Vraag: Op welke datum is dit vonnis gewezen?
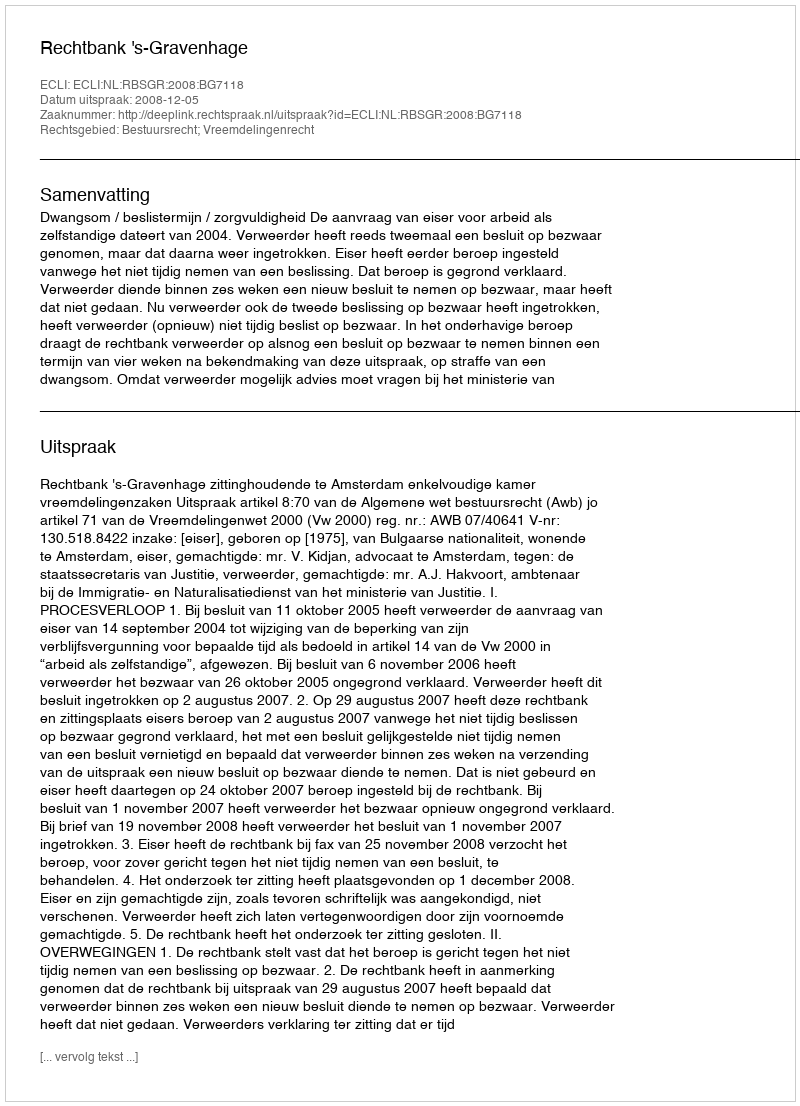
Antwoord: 2008-12-05